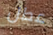
عطل